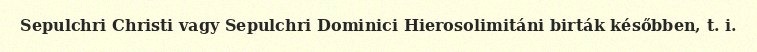
Sepulchri Christi vagy Sepulchri Dominici Hierosolimitáni birták későbben, t. i.